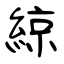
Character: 綡